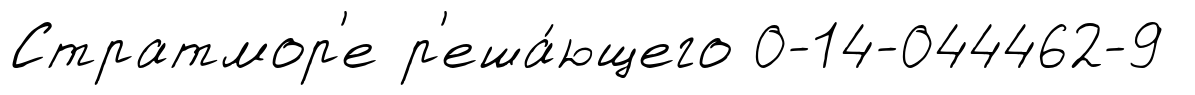
Стратмор'е р'еша́ющего 0-14-044462-9